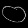
Digit: ၀